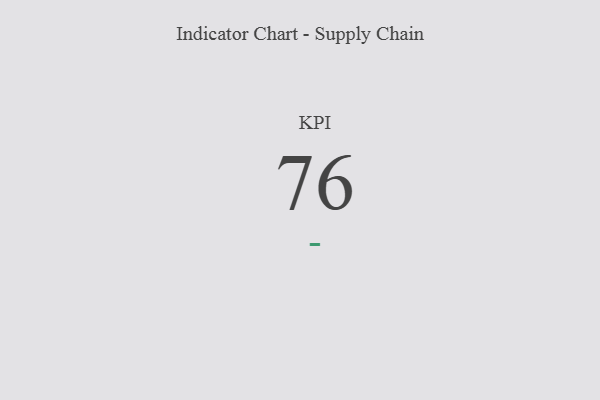
{"axis": {"x": "KPI", "y": "Value"}, "legend": [""], "data": [{"x": "KPI", "y": 76, "type": ""}]}